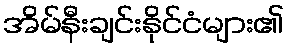
အိမ်နီးချင်းနိုင်ငံများ၏